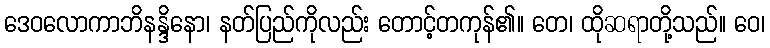
ဒေဝလောကာဘိနန္ဒိနော၊ နတ်ပြည်ကိုလည်း တောင့်တကုန်၏။ တေ၊ ထိုဆရာတို့သည်။ ဝေ၊